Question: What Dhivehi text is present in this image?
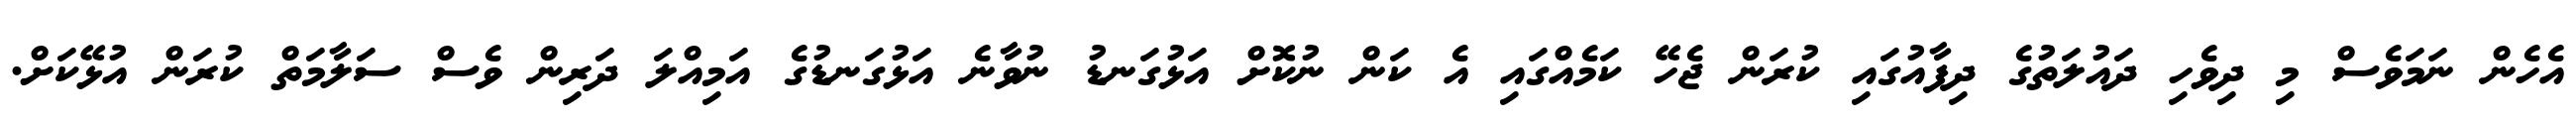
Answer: އެހެން ނަމަވެސް މި ދިވެހި ދައުލަތުގެ ދިފާއުގައި ކުރަން ޖެހޭ ކަމެއްގައި އެ ކަން ނުކޮށް އަޅުގަނޑު ނުވާނެ އަޅުގަނޑުގެ އަމިއްލަ ދަރިން ވެސް ސަލާމަތް ކުރަން އުޅޭކަށް.